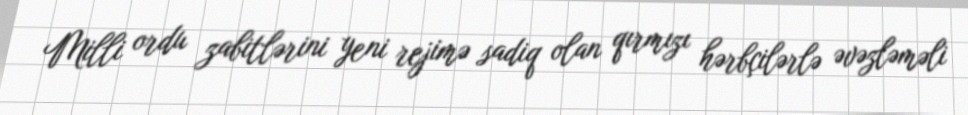
Milli ordu zabitlərini yeni rejimə sadiq olan qırmızı hərbçilərlə əvəzləməli